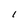
Character: 1